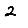
Digit: 2